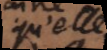
qu’elle